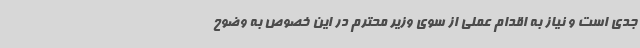
جدی است و نیاز به اقدام عملی از سوی وزیر محترم در این خصوص به وضوح